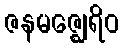
ဇနမဇ္ဈေရိဝ